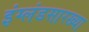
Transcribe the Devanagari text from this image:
इंग्लंडसारख्या